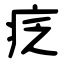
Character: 疺